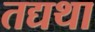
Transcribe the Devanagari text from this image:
तद्यथा